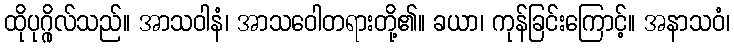
ထိုပုဂ္ဂိုလ်သည်။ အာသဝါနံ၊ အာသဝေါတရားတို့၏။ ခယာ၊ ကုန်ခြင်းကြောင့်။ အနာသဝံ၊